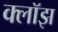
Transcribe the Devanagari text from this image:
क्लॉझ